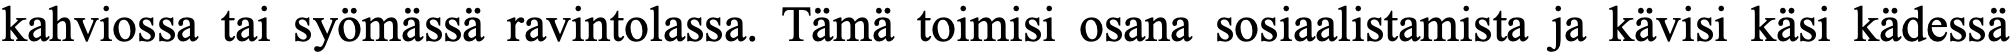
kahviossa tai syömässä ravintolassa. Tämä toimisi osana sosiaalistamista ja kävisi käsi kädessä